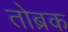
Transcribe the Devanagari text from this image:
तोब्रक